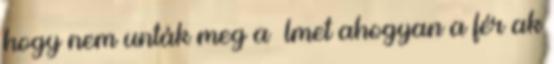
hogy nem unták meg a ﬁlmet ahogyan a férﬁak